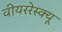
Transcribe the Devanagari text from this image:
वीयररेस्क्यू